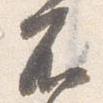
不